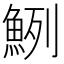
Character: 𩶽